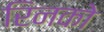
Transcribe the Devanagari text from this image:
रिनको